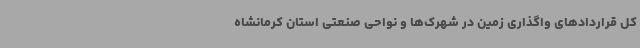
کل قراردادهای واگذاری زمین در شهرک‌ها و نواحی صنعتی استان کرمانشاه